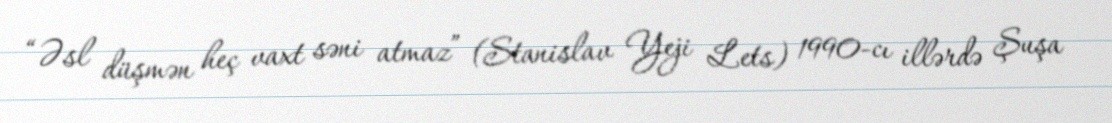
“Əsl düşmən heç vaxt səni atmaz” (Stanislav Yeji Lets) 1990-cı illərdə Şuşa